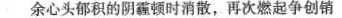
余心头郁积的阴霾顿时消散，再次燃起争创销